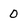
Character: 0